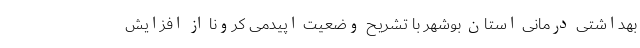
بهداشتی درمانی استان بوشهر با تشریح وضعیت اپیدمی کرونا از افزایش